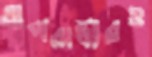
অপরাধীরও